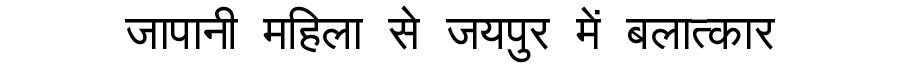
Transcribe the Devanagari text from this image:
जापानी महिला से जयपुर में बलात्कार